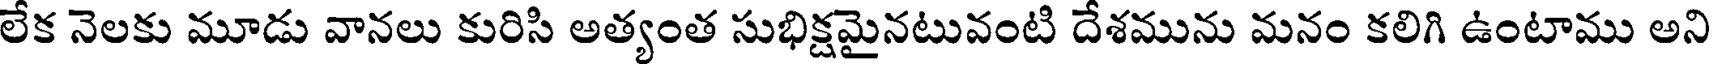
లేక నెలకు మూడు వానలు కురిసి అత్యంత సుభిక్షమైనటువంటి దేశమును మనం కలిగి ఉంటాము అని